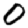
Digit: 0